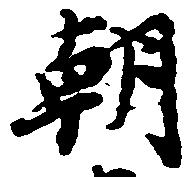
朝